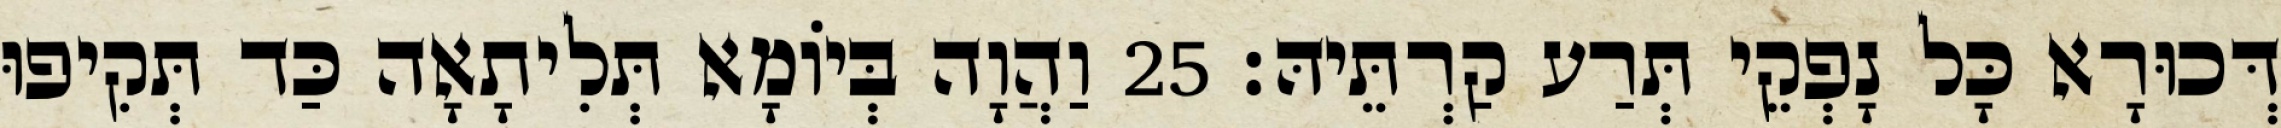
דְּכוּרָא כָּל נָפְקֵי תְּרַע קַרְתֵּיהּ׃ 25 וַהֲוָה בְּיוֹמָא תְּלִיתָאָה כַּד תְּקִיפוּ